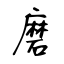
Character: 磨